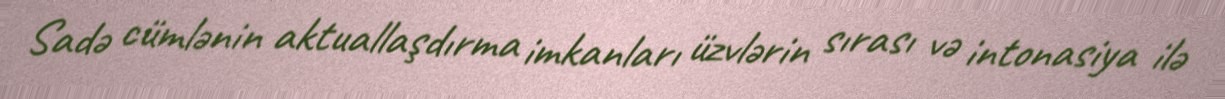
Sadə cümlənin aktuallaşdırma imkanları üzvlərin sırası və intonasiya ilə